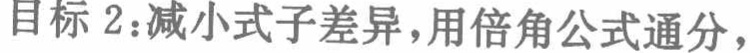
目标 2：减小式子差异，用倍角公式通分，